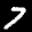
Label: 7